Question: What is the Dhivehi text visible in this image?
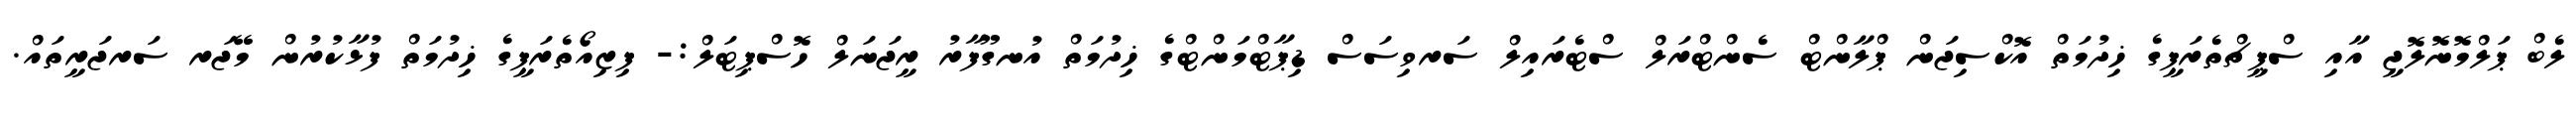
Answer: ލެބް ޕަލްމޮނޮލޮޖީ އާއި ސްޕީޗްތެރަޕީގެ ޚިދުމަތް އޮކްސިޖަން ޕްލާންޓް ސެންޓްރަލް ސްޓެރައިލް ސަރވިސަސް ޑިޕާޓްމަންޓްގެ ޚިދުމަތް އުނގޫފާރު ރީޖަނަލް ހޮސްޕިޓަލް:- ފިޒިއޯތެރަޕީގެ ޚިދުމަތް ފުޅާކުރުން މޭޖަރ ސަރޖަރީތައް.